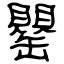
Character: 罌